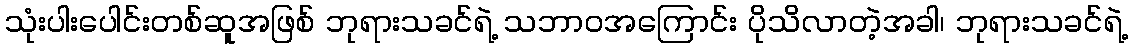
သုံးပါးပေါင်းတစ်ဆူအဖြစ် ဘုရားသခင်ရဲ့ သဘာဝအကြောင်း ပိုသိလာတဲ့အခါ၊ ဘုရားသခင်ရဲ့